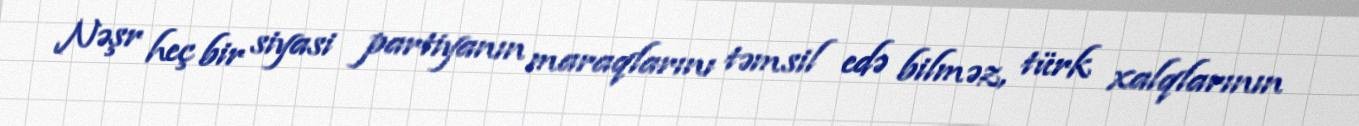
Nəşr heç bir siyasi partiyanın maraqlarını təmsil edə bilməz, türk xalqlarının